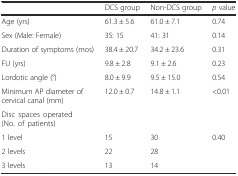
<table><thead><tr><td></td><td><b>DCS group</b></td><td><b>Non-DCS group</b></td><td><b><i>p</i> value</b></td></tr></thead><tbody><tr><td>Age (yrs)</td><td>61.3 ± 5.6</td><td>61.0 ± 7.1</td><td>0.74</td></tr><tr><td>Sex (Male: Female)</td><td>35: 15</td><td>41: 31</td><td>0.14</td></tr><tr><td>Duration of symptoms (mos)</td><td>38.4 ± 20.7</td><td>34.2 ± 23.6</td><td>0.31</td></tr><tr><td>FU (yrs)</td><td>9.8 ± 2.8</td><td>9.1 ± 2.6</td><td>0.23</td></tr><tr><td>Lordotic angle (°)</td><td>8.0 ± 9.9</td><td>9.5 ± 15.0</td><td>0.54</td></tr><tr><td>Minimum AP diameter of cervical canal (mm)</td><td>12.0 ± 0.7</td><td>14.8 ± 1.1</td><td>&lt;0.01</td></tr><tr><td colspan="4">Disc spaces operated (No. of patients)</td></tr><tr><td>1 level</td><td>15</td><td>30</td><td>0.40</td></tr><tr><td>2 levels</td><td>22</td><td>28</td><td></td></tr><tr><td>3 levels</td><td>13</td><td>14</td><td></td></tr></tbody></table>